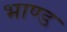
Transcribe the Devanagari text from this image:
भाण्ड